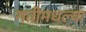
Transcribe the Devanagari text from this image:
गतीमधल्या